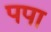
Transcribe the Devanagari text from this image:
पपा